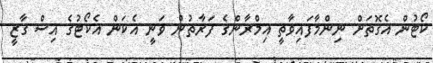
ކޯޓުން އެގޮތަށް ނިންމާފައިވާތީ އިމްރާންގެ ފަރާތުން ވަނީ އެކަން އެކޯޓުގެ އިސް ގާޒީ